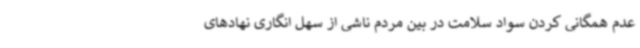
عدم همگانی کردن سواد سلامت در بین مردم ناشی از سهل انگاری نهادهای